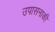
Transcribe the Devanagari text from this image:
उपासनाकी